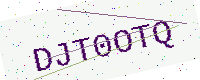
Text: DJT0OTQ